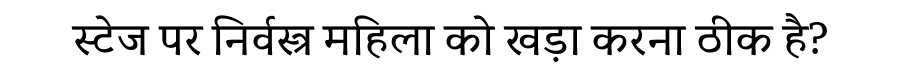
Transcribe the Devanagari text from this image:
स्टेज पर निर्वस्त्र महिला को खड़ा करना ठीक है?